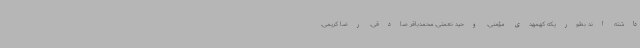
داشته اند بطوریکه کهمهدی مؤمنی، وحید نعمتی، محمدباقر صادقی، رضا کریمی،